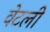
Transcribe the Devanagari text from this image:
वेटली